Lunatic asylums in Bengal annual reports 1888-1898 - 1888-1898
Year: 1888
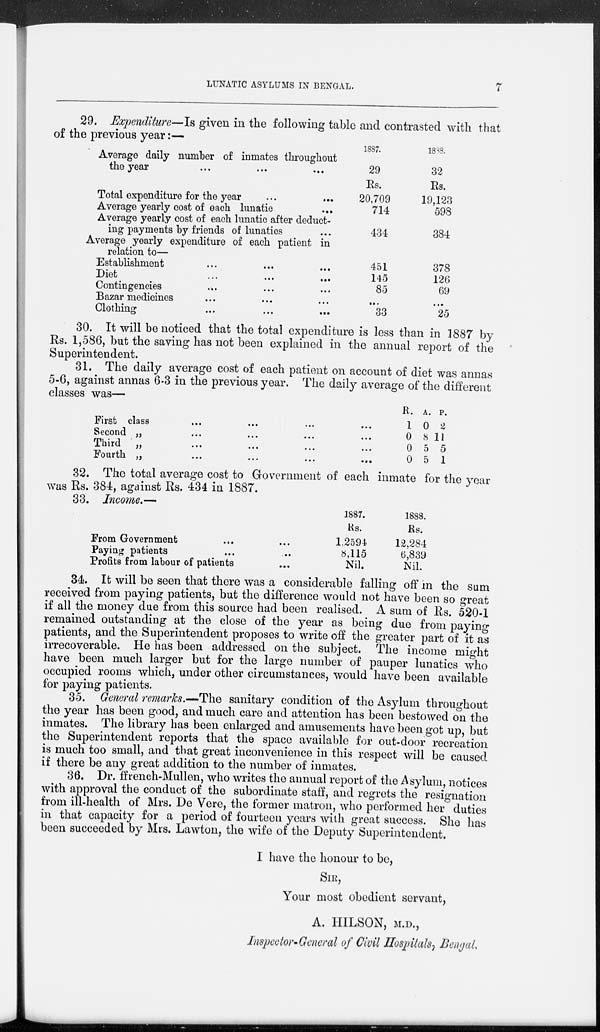
LUNATIC ASYLUMS IN BENGAL.
7
29. Expenditure—Is given in the following table and contrasted with that
of the previous year:—
Average daily number of inmates throughout
the year
...
...
...
Total expenditure for the year ... ...
Average yearly cost of each lunatic ...
Average yearly cost of each lunatic after deduct-
ing payments by friends of lunatics ...
Average yearly expenditure of each patient in
relation to—
Establishment ... ... ...
Diet ... ... ...
Contingencies ... ... ...
Bazar medicines ... ... ...
Clothing ... ... ...
1887.
29
Rs.
20,709
714
434
451
145
85
...
33
1888.
32
Rs.
19,123
598
384
378
126
69
...
25
30. It will be noticed that the total expenditure is less than in 1887 by
Rs. 1,586, but the saving has not been explained in the annual report of the
Superintendent.
31. The daily average cost of each patient on account of diet was annas
5-6, against annas 6-3 in the previous year. The daily average of the different
classes was—
First class
...
...
...
...
Second
„
...
...
...
...
Third
„
...
...
...
...
Fourth
„
...
...
...
...
R.
1
0
0
0
A.
0
8
5
5
P.
2
11
5
1
32. The total average cost to Government of each inmate for the year
was Rs. 384, against Rs. 434 in 1887.
33. Income.—
From Government ... ...
Paying patients ... ...
Profits from labour of patients ...
1887.
Rs.
1.2594
8,115
Nil.
1888.
Rs.
12,284
6,839
Nil.
34. It will be seen that there was a considerable falling off in the sum
received from paying patients, but the difference would not have been so great
if all the money due from this source had been realised. A sum of Rs. 520-1
remained outstanding at the close of the year as being due from paying
patients, and the Superintendent proposes to write off the greater part of it as
irrecoverable. He has been addressed on the subject. The income might
have been much larger but for the large number of pauper lunatics who
occupied rooms which, under other circumstances, would have been available
for paying patients.
35. General remarks.—The sanitary condition of the Asylum throughout
the year has been good, and much care and attention has been bestowed on the
inmates. The library has been enlarged and amusements have been got up, but
the Superintendent reports that the space available for out-door recreation
is much too small, and that great inconvenience in this respect will be caused
if there be any great addition to the number of inmates.
36. Dr. ffrench-Mullen, who writes the annual report of the Asylum, notices
with approval the conduct of the subordinate staff, and regrets the resignation
from ill-health of Mrs. De Vere, the former matron, who performed her duties
in that capacity for a period of fourteen years with great success. She has
been succeeded by Mrs. Lawton, the wife of the Deputy Superintendent.
I have the honour to be,
SIR,
Your most obedient servant,
A. HILSON, M.D.,
Inspector-General of Civil Hospitals, Bengal.